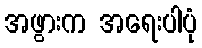
အဖွားက အရေးပါပုံ